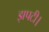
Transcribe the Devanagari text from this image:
झपटी।